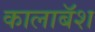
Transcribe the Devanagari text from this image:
कालाबॅश